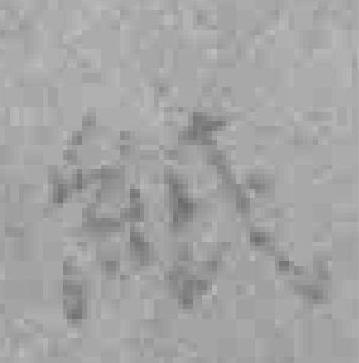
紙